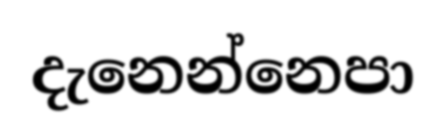
දැනෙන්නෙපා